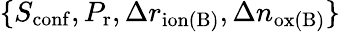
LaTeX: \{ S_{\mathrm{conf}},P_{\mathrm{r}},\Delta r_{\mathrm{ion(B)}},\Delta n_{\mathrm{ox(B)}}\}